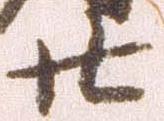
廿